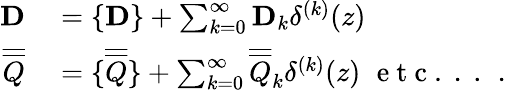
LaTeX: \begin{array}{rl}{\mathbf{D}}&{{}=\{ \mathbf{D}\} +\sum_{k=0}^{\infty}\mathbf{D}_{k}\delta^{(k)}(z)}\\ {\overline{{\overline{{Q}}}}}&{{}=\{ \overline{{\overline{{Q}}}}\} +\sum_{k=0}^{\infty}\overline{{\overline{{Q}}}}_{k}\delta^{(k)}(z)\, \, \mathrm{~e~t~c~.~.~.~}\, .}\end{array}